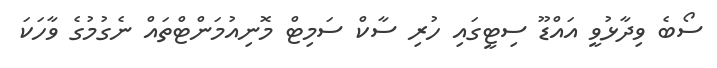
ސޯބެ ވިދާޅުވީ އައްޑޫ ސިޓީގައި ހުރި ސާކް ސަމިޓް މޮނިއުމަންޓްތައް ނެގުމުގެ ވާހަކަ